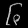
Digit: ၆